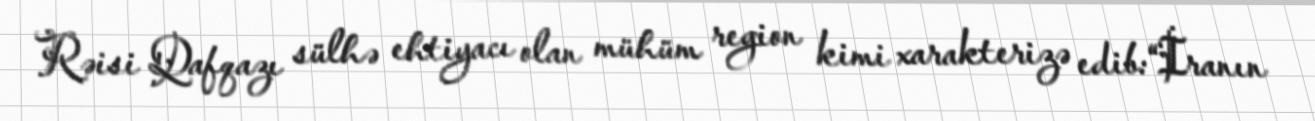
Rəisi Qafqazı sülhə ehtiyacı olan mühüm region kimi xarakterizə edib:“İranın